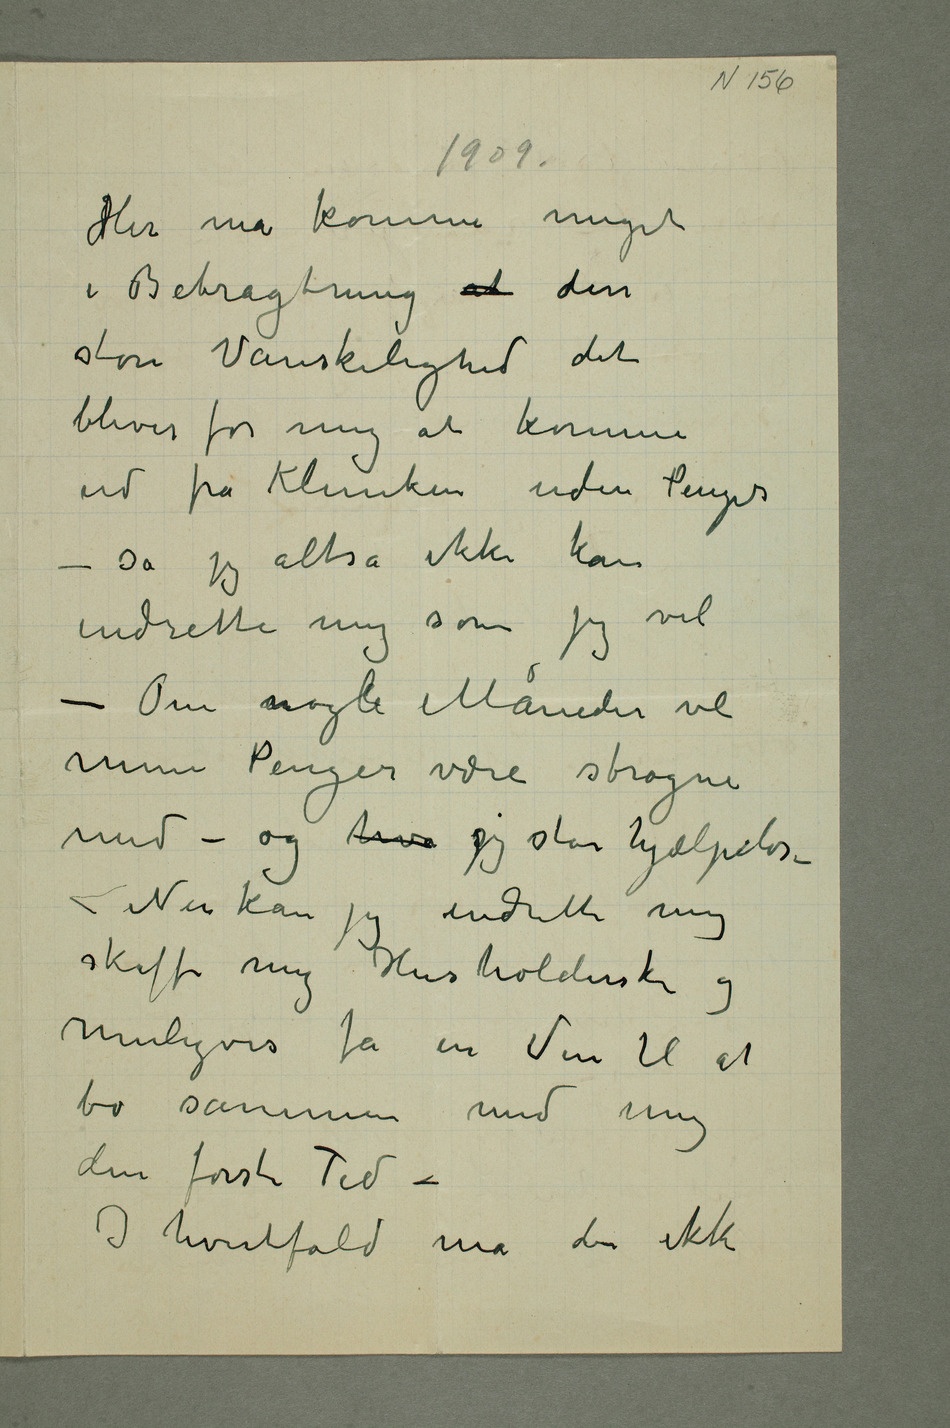
1909
Her må komme meget
i Betragtning at den
store Vanskelighed det
bliver for mig at komme
ud fra Kliniken uden Penger –
så jeg altså ikke kan
indrette mig som jeg vil
– Om nogle Måneder vil
mine Penger være strøgne
med – og hva sjeg står hjælpeløs –
– Nu kan jeg indrette mig
skaffe mig Husholderske og
muligvis få en Ven til at
bo sammen med mig
den første Tid –
I hvertfald må der ikke